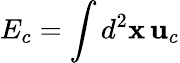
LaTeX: E_{c}=\int d^{2}\mathbf{x}\, \mathbf{u}_{c}